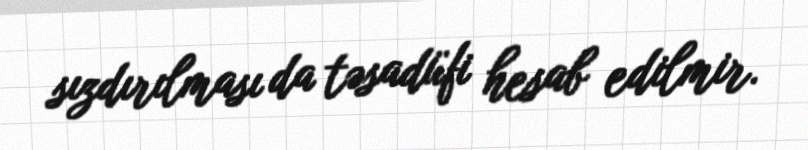
sızdırılması da təsadüfi hesab edilmir.